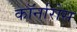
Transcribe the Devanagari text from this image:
कॉर्नारोस